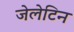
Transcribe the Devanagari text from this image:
जेलेटिन